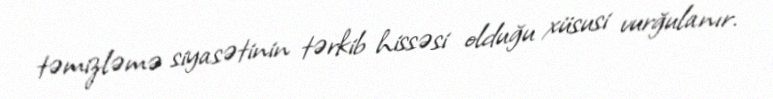
təmizləmə siyasətinin tərkib hissəsi olduğu xüsusi vurğulanır.